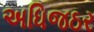
અધિજઠર